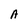
Character: A